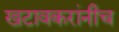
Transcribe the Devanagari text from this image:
खटावकरांनीच